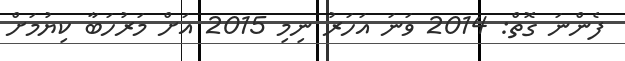
ފެންނަ ގޮތް: 2014 ވަނަ އަހަރު ނިމި 2015 އަށް މަރުހަބާ ކިޔުމަށް